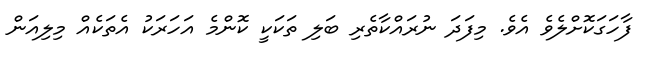
ފާހަގަކޮށްލެވެ އެވެ. މިފަދަ ނުރައްކާތެރި ބަލި ތަކަކީ ކޮންމެ އަހަރަކު އެތަކެއް މިލިއަން